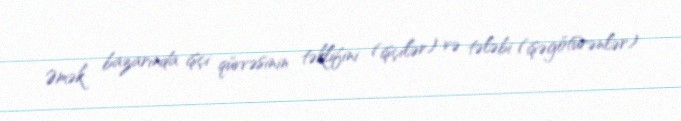
Əmək bazarında işçi qüvvəsinin təklifini (işçilər) və tələbi (işəgötürənlər)